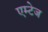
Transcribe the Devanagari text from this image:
एम्टेज